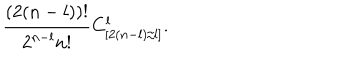
\frac { ( 2 ( n - l ) ) ! } { 2 ^ { n - l } n ! } C _ { [ 2 ( n - l ) / l ] } ^ { l } .